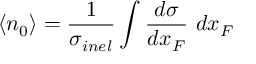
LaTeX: \langle n _ { 0 } \rangle = \frac { 1 } { \sigma _ { i n e l } } \int { \frac { d \sigma } { d x _ { F } } \ d x _ { F } }